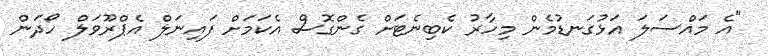
"އެ މައްސަލަ އަޅުގަނޑުމެން މިހާރު ކެބިނެޓަށް ގެންގޮސް އެކަމަށް ފައިނަލް އެޕްރޫވަލް ހޯދަން